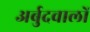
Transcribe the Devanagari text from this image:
अर्बुदवालों